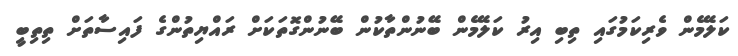
ކަލޭމެން ވެރިކަމުގައި ތިބި އިރު ކަލޭމެން ބޭނުންތާކުން ބޭނުންގޮތަކަށް ރައްޔިތުންގެ ފައިސާތަށް ތިތިބީ